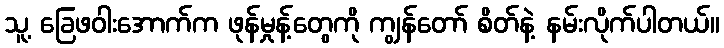
သူ့ ခြေဖဝါးအောက်က ဖုန်မှုန့်တွေကို ကျွန်တော် စိတ်နဲ့ နမ်းလိုက်ပါတယ်။